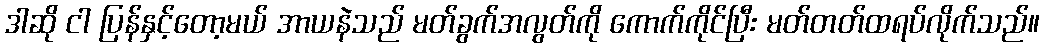
ဒါဆို ငါ ပြန်နှင့်တော့မယ် အာယနဲသည် မတ်ခွက်အလွတ်ကို ကောက်ကိုင်ပြီး မတ်တတ်ထရပ်လိုက်သည်။